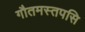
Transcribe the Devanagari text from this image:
गौतमस्तपसि